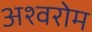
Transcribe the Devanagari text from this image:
अश्वरोम